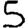
Digit: 5